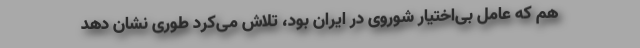
هم كه عامل بی‌اختیار شوروی در ایران بود، تلاش می‌کرد طوری نشان دهد